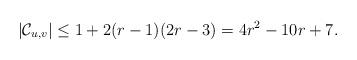
LaTeX: \begin{align*}|\mathcal{C}_{u,v}|\leq 1+2(r-1)(2r-3)=4r^2-10r+7.\end{align*}